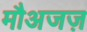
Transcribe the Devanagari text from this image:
मौअजज़